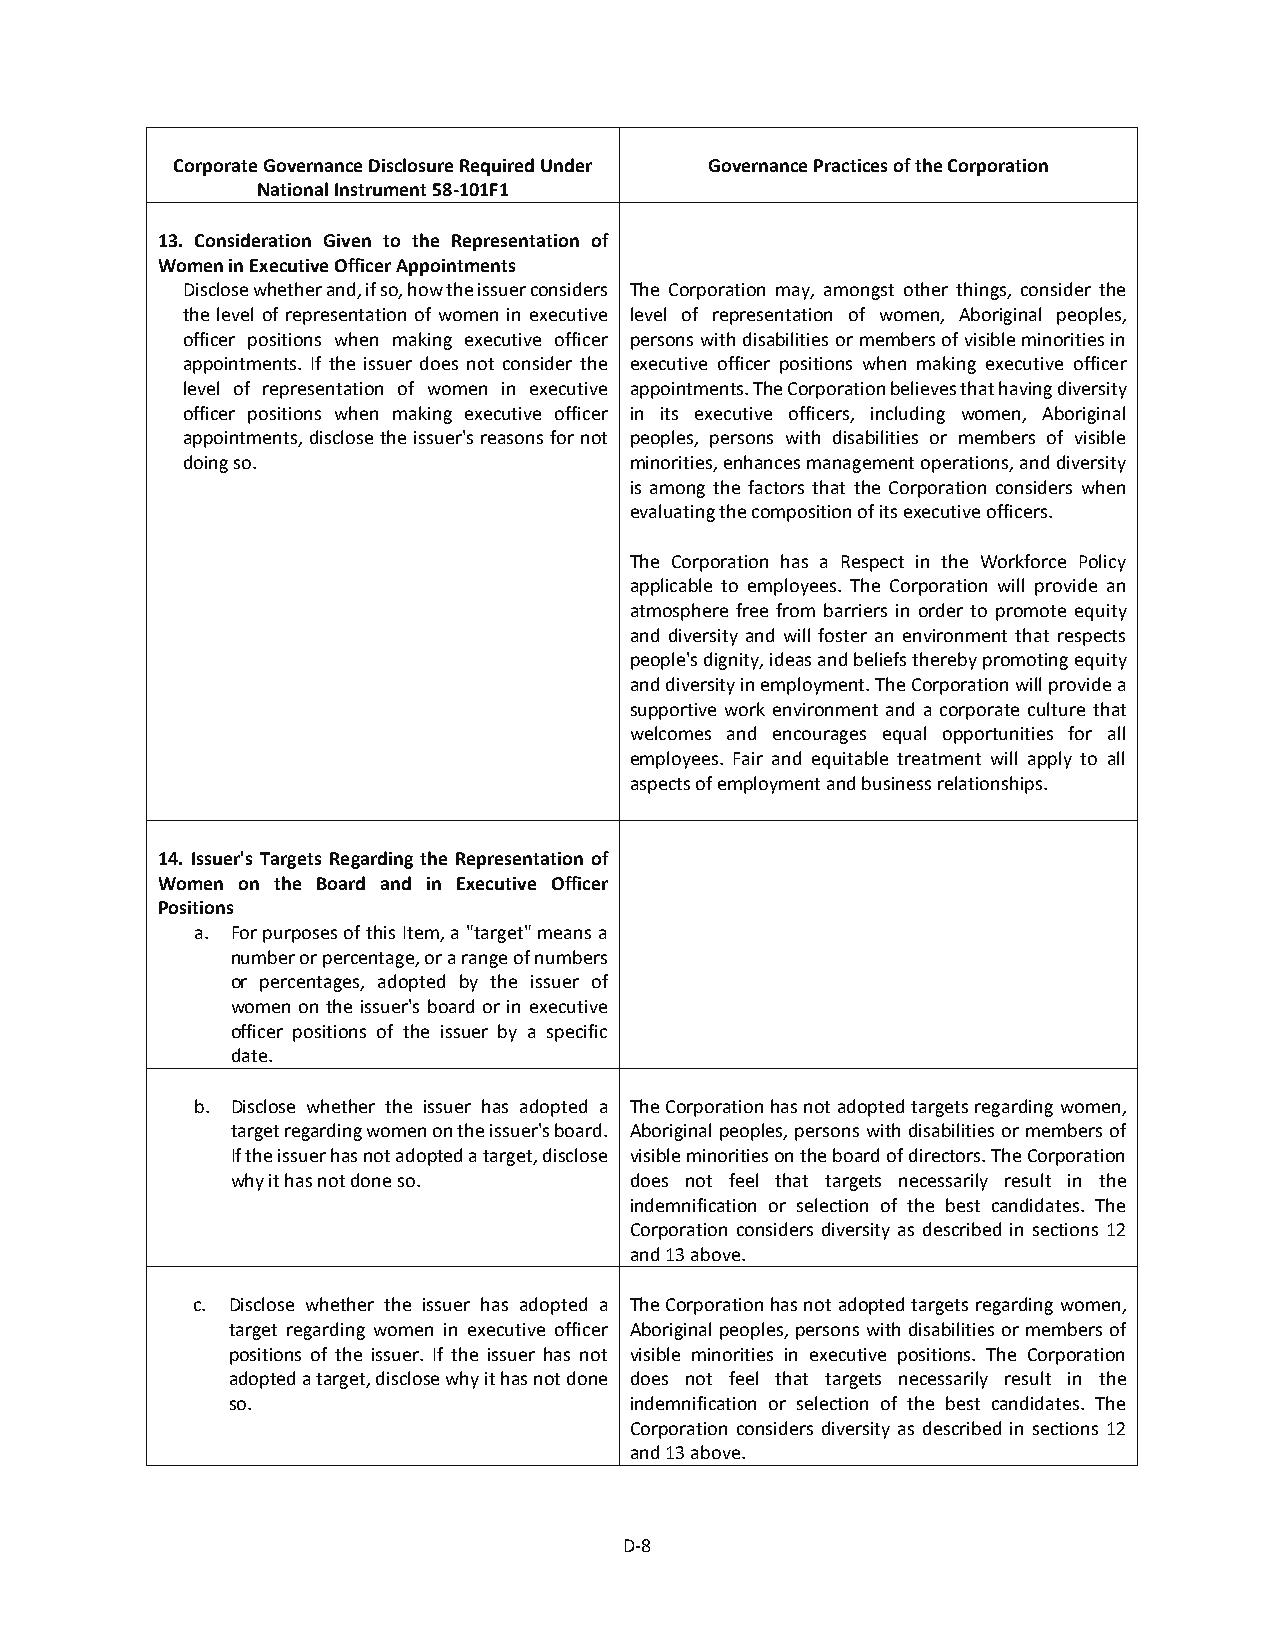
Corporate Governance Disclosure Required Under Governance Practices of the Corporation
 National Instrument 58-101F1
 13. Consideration Given to the Representation of
 Women in Executive Officer Appointments
 Disclose whether and, if so, how the issuer considers The Corporation may, amongst other things, consider the
 the level of representation of women in executive level of representation of women, Aboriginal peoples,
 officer positions when making executive officer persons with disabilities or members of visible minorities in
 appointments. If the issuer does not consider the executive officer positions when making executive officer
 level of representation of women in executive appointments. The Corporation believes that having diversity
 officer positions when making executive officer in its executive officers, including women, Aboriginal
 appointments, disclose the issuer's reasons for not peoples, persons with disabilities or members of visible
 doing so.                     minorities, enhances management operations, and diversity
 is among the factors that the Corporation considers when
 evaluating the composition of its executive officers.
 The Corporation has a Respect in the Workforce Policy
 applicable to employees. The Corporation will provide an
 atmosphere free from barriers in order to promote equity
 and diversity and will foster an environment that respects
 people's dignity, ideas and beliefs thereby promoting equity
 and diversity in employment. The Corporation will provide a
 supportive work environment and a corporate culture that
 welcomes and encourages equal opportunities for all
 employees. Fair and equitable treatment will apply to all
 aspects of employment and business relationships.
 14. Issuer's Targets Regarding the Representation of
 Women on the Board and in Executive Officer
 Positions
 a. For purposes of this Item, a "target" means a
 number or percentage, or a range of numbers
 or percentages, adopted by the issuer of
 women on the issuer's board or in executive
 officer positions of the issuer by a specific
 date.
 b. Disclose whether the issuer has adopted a The Corporation has not adopted targets regarding women,
 target regarding women on the issuer's board. Aboriginal peoples, persons with disabilities or members of
 If the issuer has not adopted a target, disclose visible minorities on the board of directors. The Corporation
 why it has not done so.    does not feel that targets necessarily result in the
 indemnification or selection of the best candidates. The
 Corporation considers diversity as described in sections 12
 and 13 above.
 c. Disclose whether the issuer has adopted a The Corporation has not adopted targets regarding women,
 target regarding women in executive officer Aboriginal peoples, persons with disabilities or members of
 positions of the issuer. If the issuer has not visible minorities in executive positions. The Corporation
 adopted a target, disclose why it has not done does not feel that targets necessarily result in the
 so.                        indemnification or selection of the best candidates. The
 Corporation considers diversity as described in sections 12
 and 13 above.
 D-8